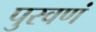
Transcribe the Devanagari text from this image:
पुरवणं